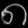
Digit: ၈